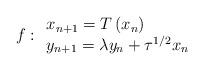
LaTeX: \begin{align*}f: \begin{array}{ll} x_{n+1} = T \left(x_{n}\right)\\ y_{n+1} = \lambda y_{n} + \tau^{1/2}x_{n} \end{array}\end{align*}